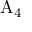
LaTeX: \mathrm { A } _ { 4 }